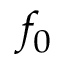
f _ { 0 }